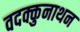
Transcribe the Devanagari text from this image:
वदक्कुनाथन